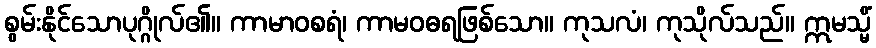
စွမ်းနိုင်သောပုဂ္ဂိုလ်၏။ ကာမာဝစရံ၊ ကာမဝဓရဖြစ်သော။ ကုသလံ၊ ကုသိုလ်သည်။ ဣမသ္မိံ